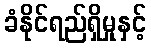
ခံနိုင်ရည်ရှိမှုနှင့်